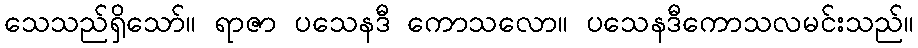
သေသည်ရှိသော်။ ရာဇာ ပသေနဒီ ကောသလော။ ပသေနဒီကောသလမင်းသည်။